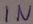
Text: IN